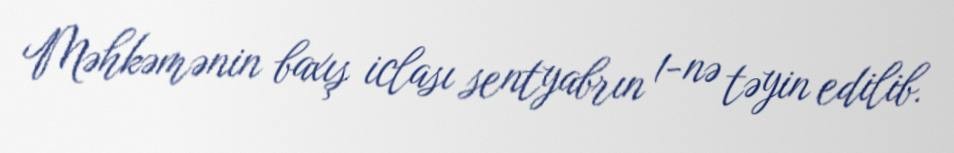
Məhkəmənin baxış iclası sentyabrın 1-nə təyin edilib.